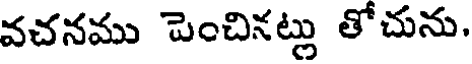
వచనము పెంచినట్లు తోచును.